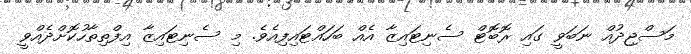
މަސްޖިދުއް ނަބަވީ ގައި ރޮބޮޓް ސެނިޓައިޒާ އެއް ބަހައްޓައިފިއެވެ. މި ސެނިޓައިޒާ އިފްތިތާހުކޮށްދެއްވީ